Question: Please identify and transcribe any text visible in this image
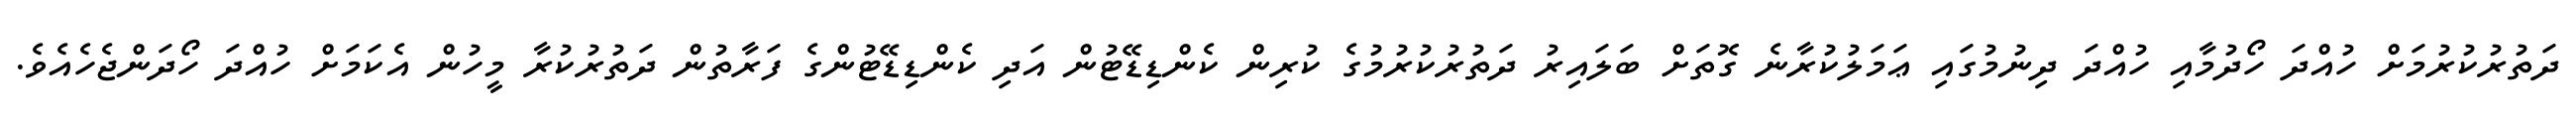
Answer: ދަތުރުކުރުމަށް ހުއްދަ ހޯދުމާއި ހުއްދަ ދިނުމުގައި ޢަމަލުކުރާނެ ގޮތަށް ބަލައިރު ދަތުރުކުރުމުގެ ކުރިން ކެންޑިޑޭޓުން އަދި ކެންޑިޑޭޓުންގެ ފަރާތުން ދަތުރުކުރާ މީހުން އެކަމަށް ހުއްދަ ހޯދަންޖެހެއެވެ.